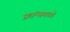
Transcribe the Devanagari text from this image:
फ्रांन्समध्ये